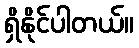
ရှိနိုင်ပါတယ်။